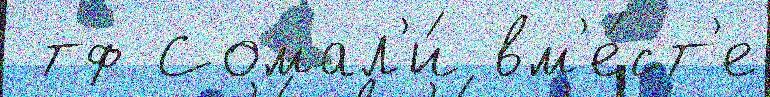
 тф Сомал'и́ вм'е́ст'е